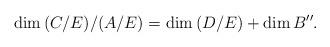
LaTeX: \begin{align*}\dim {(C/E)/(A/E)} = \dim {(D/E)} + \dim B''.\end{align*}